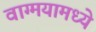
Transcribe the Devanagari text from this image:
वाग्मयामध्ये